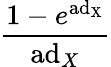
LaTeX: \frac{1-e^{\mathrm{ad_{X}}}}{\mathrm{ad}_{X}}